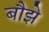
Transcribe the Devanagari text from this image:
बौझे